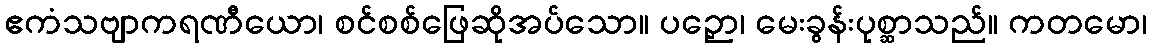
ဧကံသဗျာကရဏီယော၊ စင်စစ်ဖြေဆိုအပ်သော။ ပဉှော၊ မေးခွန်းပုစ္ဆာသည်။ ကတမော၊